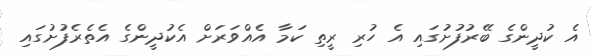
އެ ކުދީންގެ ބޭރުފުށުގައި އެ ހުރި ރީތި ކަމާ އެއްވަރަށް އެކުދީންގެ އެތެރެފުށުގައި